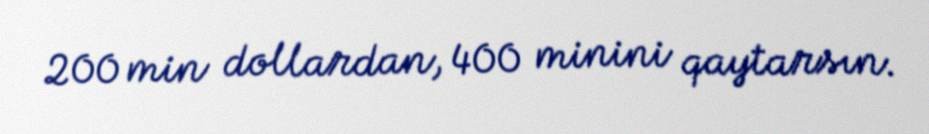
200 min dollardan, 400 minini qaytarsın.